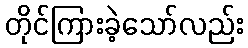
တိုင်ကြားခဲ့သော်လည်း